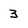
Character: 3